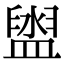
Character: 盥